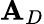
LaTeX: \mathbf{A}_{D}